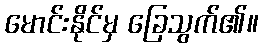
မောင်းနိုင်မှ ခြေသွက်၏။